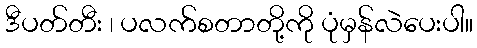
ဒီပတ်တီး ၊ ပလက်စတာတို့ကို ပုံမှန်လဲပေးပါ။